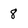
Character: 8